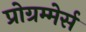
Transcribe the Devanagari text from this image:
प्रोग्रम्मेर्स